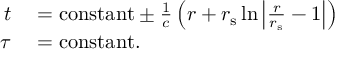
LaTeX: \begin{array} { r l } { t } & { { } = { \mathrm { c o n s t a n t } } \pm { \frac { 1 } { c } } \left( r + r _ { \mathrm { { s } } } \ln \left| { \frac { r } { r _ { \mathrm { { s } } } } } - 1 \right| \right) } \\ { \tau } & { { } = { \mathrm { c o n s t a n t } } . } \end{array}